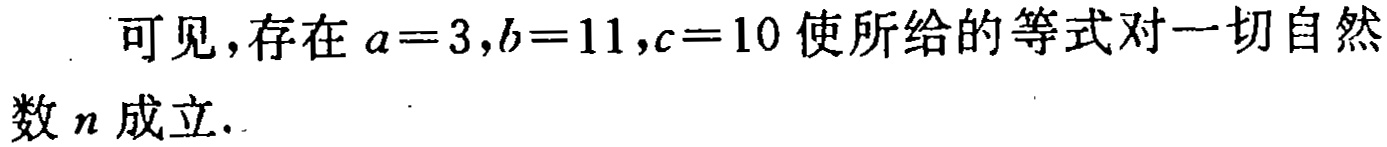
可见，存在 \(a = 3,b = 11,c = 10\) 使所给的等式对一切自然数 \(n\) 成立.